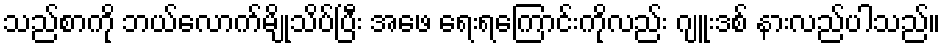
သည်စာကို ဘယ်လောက်မျိုသိပ်ပြီး အဖေ ရေးရကြောင်းကိုလည်း ဂျူးဒစ် နားလည်ပါသည်။